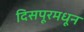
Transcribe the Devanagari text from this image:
दिसपूरमधून